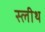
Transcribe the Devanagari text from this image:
स्लीथ